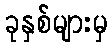
ခုနှစ်များမှ